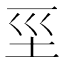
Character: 坙